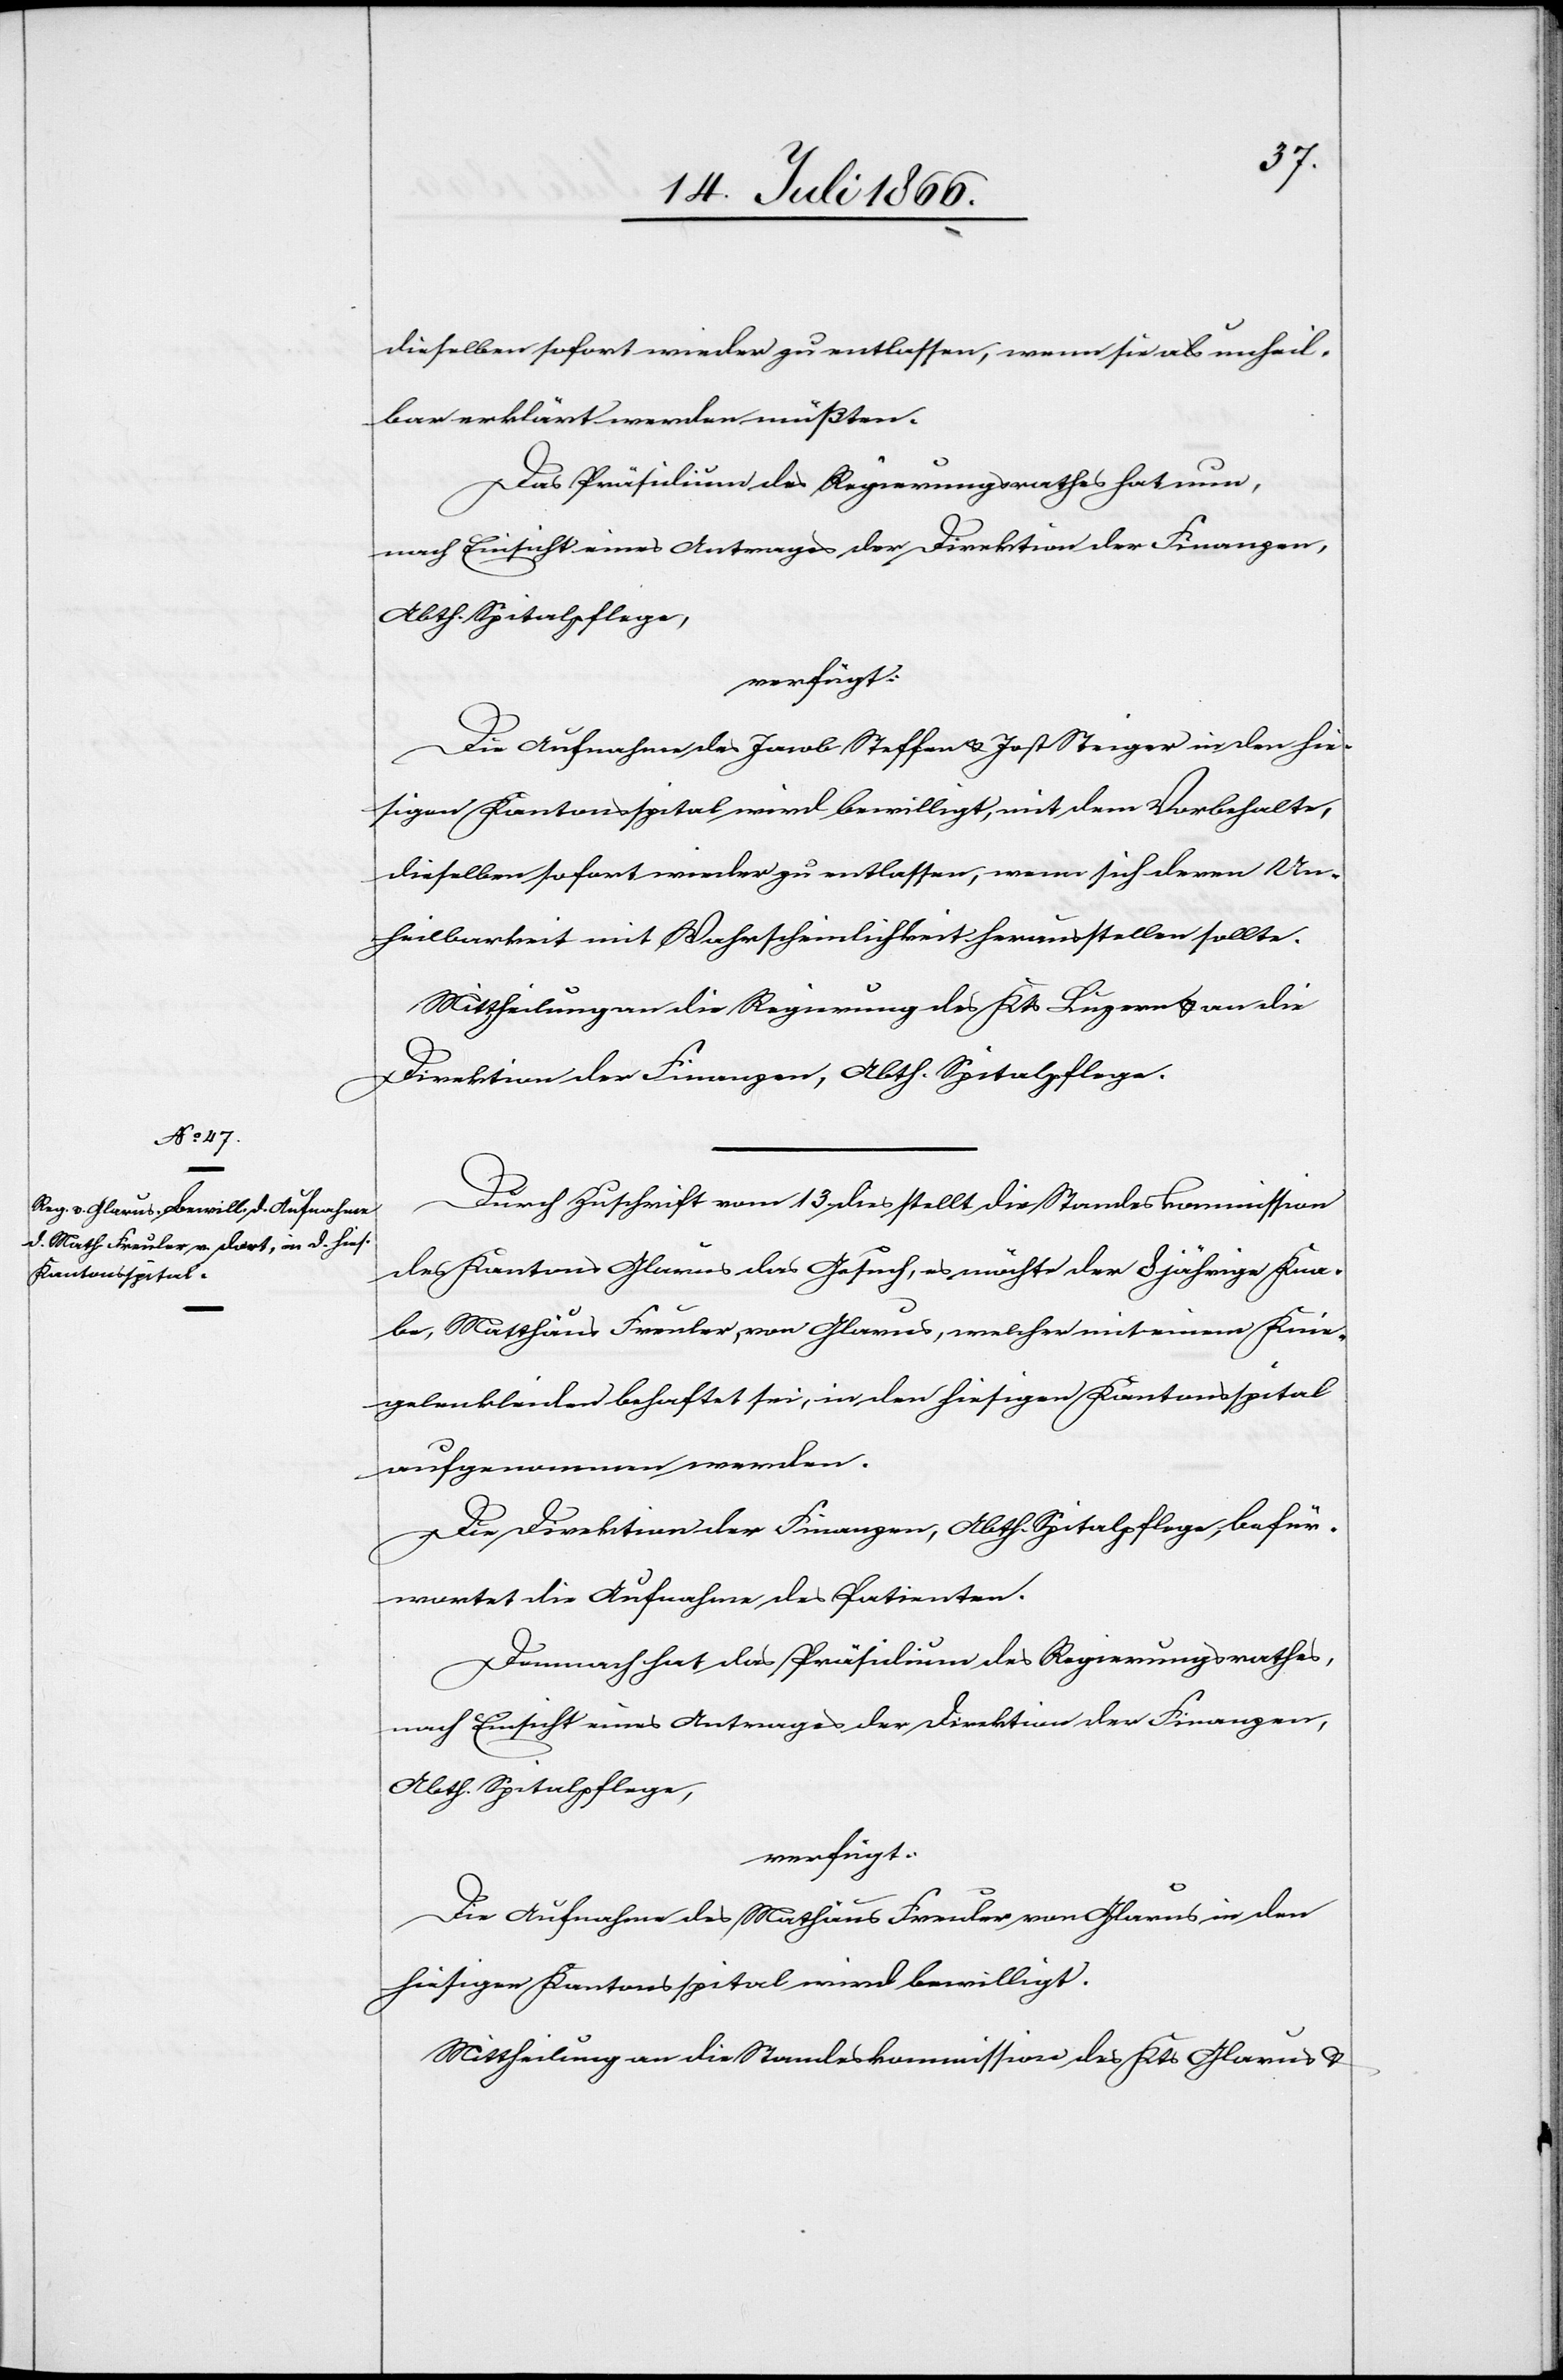
20. Juli 1866.]
dieselben sofort wieder zu entlassen, wenn sie als unheil¬
bar erklärt werden müßten.
Das Präsidium des Regierungsrathes hat nun,
nach Einsicht eines Antrages der Direktion der Finanzen,
Abth. Spitalpflege,
verfügt:
Die Aufnahme des Jacob Steffen u. Jost Steiger in den hie¬
sigen Kantonsspital wird bewilligt, mit dem Vorbehalt,
dieselben sofort wieder zu entlassen, wenn sich deren Un¬
heilbarkeit mit Wahrscheinlichkeit herausstellen sollte.
Mittheilung an die Regierung des Kts. Luzern u. an die
Direktion der Finanzen, Abth. Spitalpflege.
Durch Zuschrift vom 13. dies stellt die Standeskommission
des Kantons Glarus das Gesuch, es möchte der 8 jährige Kna¬
be, Mathäus Freuler, von Glarus, welcher mit einem Knie¬
gelenkleiden behaftet sei, in den hiesigen Kantonsspital
aufgenommen werden.
Die Direktion der Finanzen, Abth. Spitalpflege, befür¬
wortet die Aufnahme des Patienten.
Demnach hat das Präsidium des Regierungsrathes,
nach Einsicht eines Antrages der Direktion der Finanzen,
Die Aufnahme des Mathäus Freuler von Glarus in den
hiesigen Kantonsspital wird bewilligt.
Mittheilung an die Standeskommission des Kts. Glarus u.